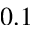
0 . 1